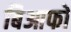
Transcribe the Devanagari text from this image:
बिआफो